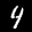
Label: 4